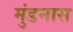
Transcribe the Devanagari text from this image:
मुंडनास